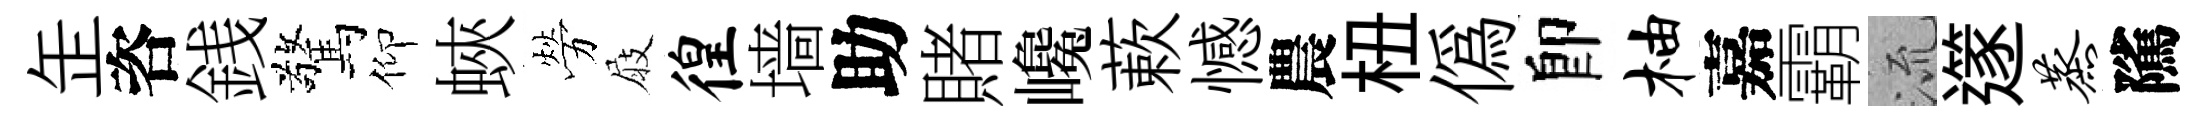
𦈢咨銭驚仰蛺勞屐徨墙助賭巉蔌憾農杻偽卽柚嘉霸𣴑𨗹蒸隲